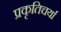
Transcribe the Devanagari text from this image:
प्रकृतिचर्या